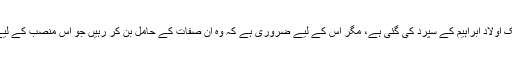
مدعا یہ ہے کہ حرم کی تولیت، بے شک اولاد ابراہیم کے سپرد کی گئی ہے، مگر اِس کے لیے ضروری ہے کہ وہ اُن صفات کے حامل بن کر رہیں جو اِس منصب کے لیے بنیادی شرائط کی حیثیت رکھتی ہیں۔